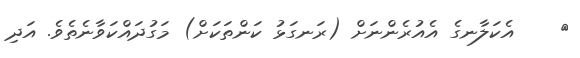
٥    އެކަލާނގެ އެއުރެންނަށް (ރަނގަޅު ކަންތަކަށް) މަގުދައްކަވާނެތެވެ. އަދި